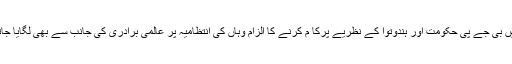
ریاست میں بی جے پی حکومت اور ہندوتوا کے نظریے پرکا م کرنے کا الزام وہاں کی انتظامیہ پر عالمی برادری کی جانب سے بھی لگایا جاتا رہا ہے۔